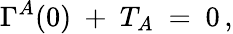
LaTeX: \Gamma^{A}(0)\ +\ T_{A}\ =\ 0\, ,